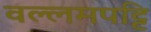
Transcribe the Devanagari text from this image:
वल्लमपट्टि